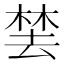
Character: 𬃚